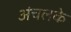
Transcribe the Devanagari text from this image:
अंचलके